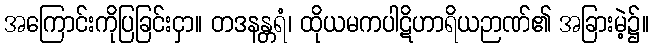
အကြောင်းကိုပြခြင်းငှာ။ တဒနန္တရံ၊ ထိုယမကပါဋိဟာရိယဉာဏ်၏ အခြားမဲ့၌။